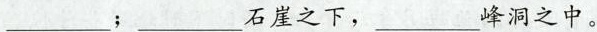
___；___石崖之下，___峰洞之中。